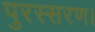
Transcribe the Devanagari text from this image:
पुरस्सरण।